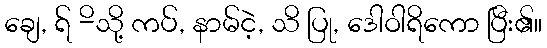
ချေ, ရ် -ိသို့ ကပ်, နာမ်ငဲ့, သိ ပြု, ဒေါဝါရိကော ပြီး၏။